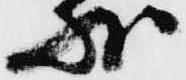
状